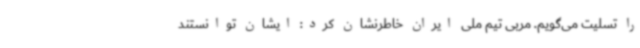
را تسلیت می‌گویم. مربی تیم ملی ایران خاطرنشان کرد: ایشان توانستند